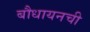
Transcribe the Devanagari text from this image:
बौधायनची